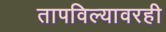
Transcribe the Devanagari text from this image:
तापविल्यावरही